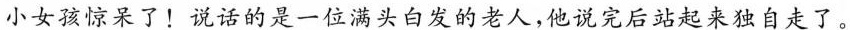
小女孩惊呆了！说话的是一位满头白发的老人，他说完后站起来独自走了。